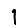
Digit: 1